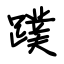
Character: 蹼